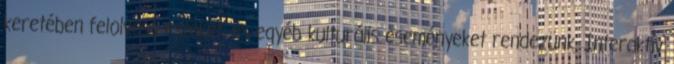
keretében felolvasó esteket, és egyéb kulturális eseményeket rendezünk. Interaktív